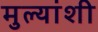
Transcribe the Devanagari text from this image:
मुल्यांशी